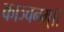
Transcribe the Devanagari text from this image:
काञ्चनम्।।